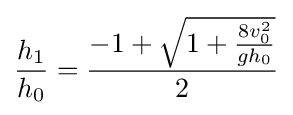
{h_{1} \over h_{0}}={\frac {-1+{\sqrt {1+{\frac {8v_{0}^{2}}{gh_{0}}}}}}{2}}